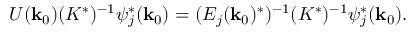
U ( { \bf k } _ { 0 } ) ( K ^ { * } ) ^ { - 1 } \psi _ { j } ^ { * } ( { \bf k } _ { 0 } ) = ( E _ { j } ( { \bf k } _ { 0 } ) ^ { * } ) ^ { - 1 } ( K ^ { * } ) ^ { - 1 } \psi _ { j } ^ { * } ( { \bf k } _ { 0 } ) .